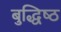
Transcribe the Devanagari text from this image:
बुद्धिष्‍ठ